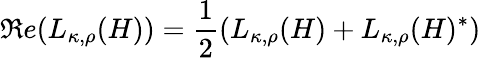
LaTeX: \Re e(L_{\kappa,\rho}(H))=\frac{1}{2}(L_{\kappa,\rho}(H)+L_{\kappa,\rho}(H)^{*})